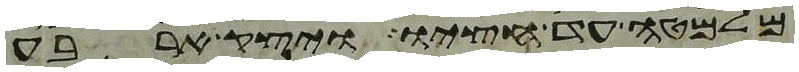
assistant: מלמטה עד חציו ויצק ארבע